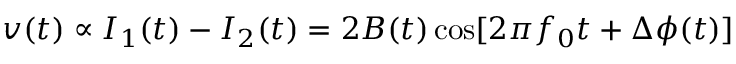
v ( t ) \propto I _ { 1 } ( t ) - I _ { 2 } ( t ) = 2 B ( t ) \cos [ 2 \pi f _ { 0 } t + \Delta \phi ( t ) ]